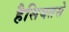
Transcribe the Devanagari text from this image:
हैसियतसे